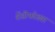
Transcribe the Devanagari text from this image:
शेंडीफोड्या